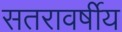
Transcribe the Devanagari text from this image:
सतरावर्षीय